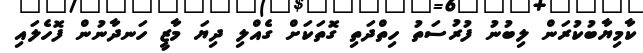
ކާމިޔާބުކުރަން ލިބުނު ފުރުސަތު ހިތްދަތި ގޮތަކަށް ގެއްލި ދިޔަ މާޒީ ހަނދާނުން ފޮހެލައި